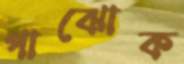
পাঝোক